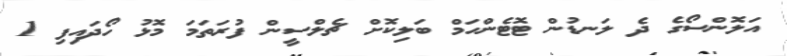
އަލޮންސޯގެ ދެ ލަނޑުން ޓޮޓެންހަމް ބަލިކޮށް ޗެލްސީން ފުރަތަމަ މޮޅު ހޯދައިފި 1